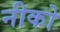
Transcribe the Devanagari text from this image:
नीको